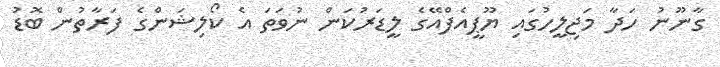
ގާނޫނު ހަދާ މަޖިލީހުގައި ޔޫޕީއެފްއޭގެ ލީޑަރުކަން ނުވަތަ އެ ކޯލިޝަންގެ ފަރާތުން ބޮޑު